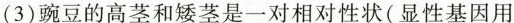
(3)豌豆的高茎和矮茎是一对相对性状(显性基因用